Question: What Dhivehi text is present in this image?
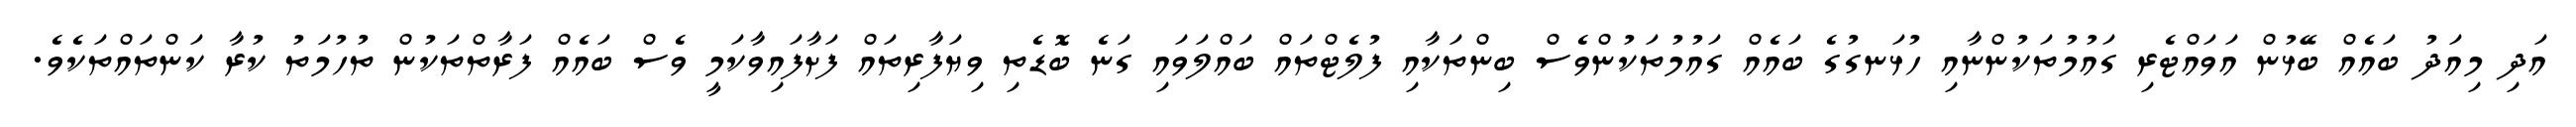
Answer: އަދި މިއަދު ބައެއް ބޭޅުން އަވައްޓެރި ގައުމުތަކުންނާއި ހުޅަނގުގެ ބައެއް ގައުމުތަކުންވެސް ބިންތަކާއި ފުލެޓްތައް ބައްލަވައި ގަނެ ބޮޑެތި ވިޔަފާރިތައް ފަށާފައިވާކަމީ ވެސް ބައެއް ފަރާތްތަކުން ތުހުމަތު ކުރާ ކަންތައްތަކެވެ.